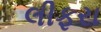
લીફરા